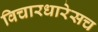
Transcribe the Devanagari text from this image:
विचारधारेसच